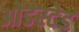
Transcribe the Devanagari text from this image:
ओडस्टेड